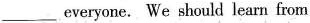
___ everyone. We should learn from